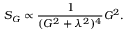
S _ { G } \propto \frac { 1 } { ( G ^ { 2 } + \lambda ^ { 2 } ) ^ { 4 } } G ^ { 2 } .